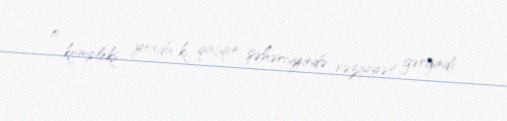
o kompleks yoxdu ki, qaçqın şəhərciyində vəziyyət gərgindi.